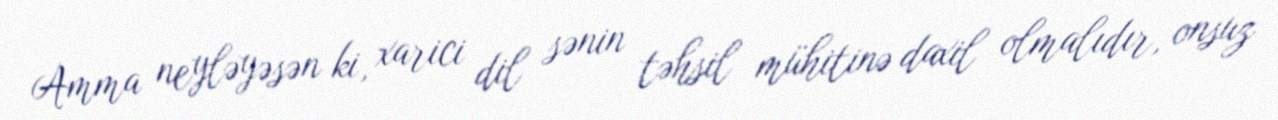
Amma neyləyəsən ki, xarici dil sənin təhsil mühitinə daxil olmalıdır, onsuz